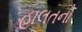
હાલતનો